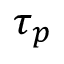
\tau _ { p }